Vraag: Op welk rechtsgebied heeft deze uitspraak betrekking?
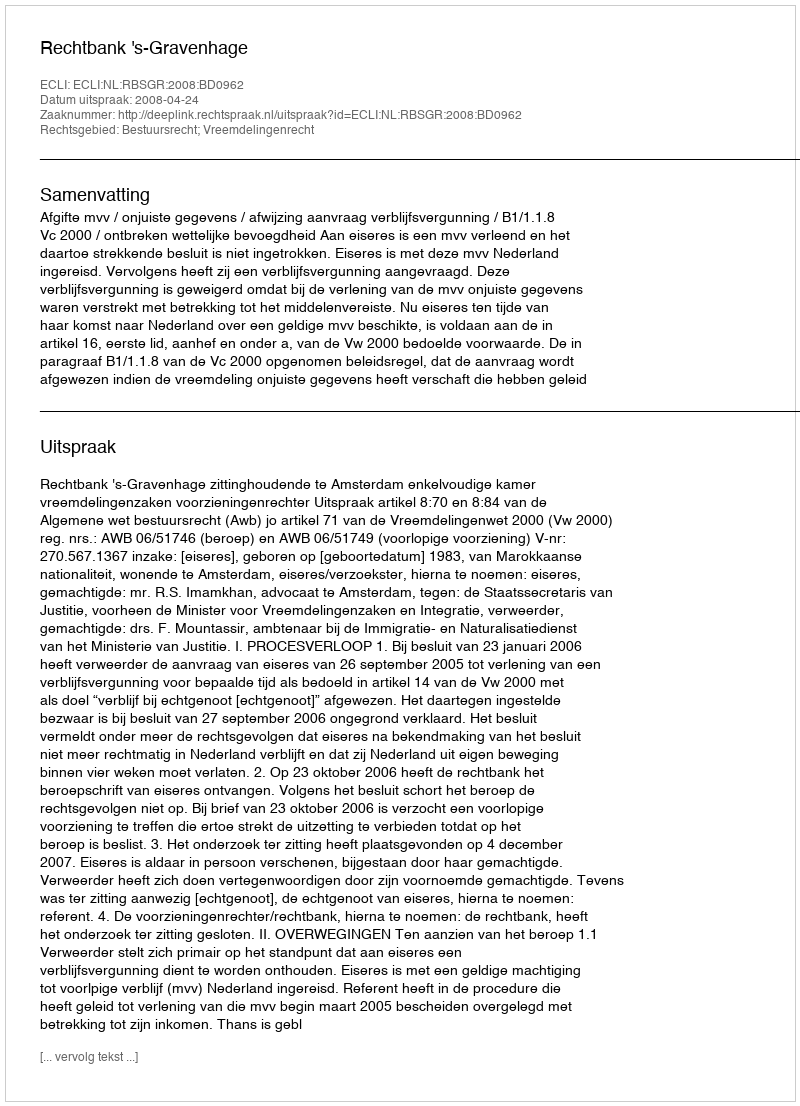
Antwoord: Bestuursrecht; Vreemdelingenrecht